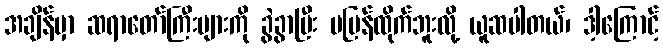
အချိန်မှာ ဆရာတော်ကြီးများကို ခွဲခွာပြီး မပြန်ထိုက်ဘူးလို့ ယူဆပါတယ်၊ ဒါ့ကြောင့်